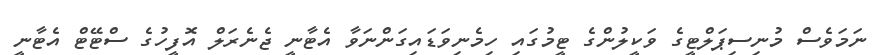
ނަމަވެސް މުނިސިޕަލްޓީގެ ވަކީލުންގެ ޓީމުގައި ހިމެނިވަޑައިގަންނަވާ އެޓާނީ ޖެނެރަލް އޮފީހުގެ ސްޓޭޓް އެޓާނީ